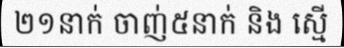
២១នាក់ ចាញ់៥នាក់ និង ស្មើ